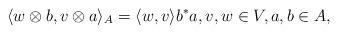
LaTeX: \begin{align*}\langle w\otimes b,v \otimes a\rangle_A = \langle w,v\rangle b^*a,v,w\in V,a,b\in A,\end{align*}